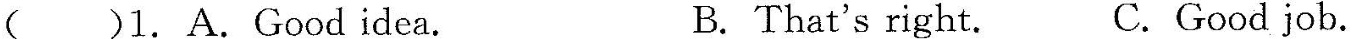
( )1.A.Good idea. B.That's right. C.Good job.